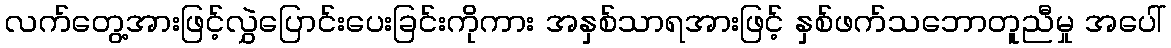
လက်တွေ့အားဖြင့်လွှဲပြောင်းပေးခြင်းကိုကား အနှစ်သာရအားဖြင့် နှစ်ဖက်သဘောတူညီမှု အပေါ်